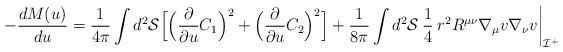
LaTeX: \begin{align*}- \frac{dM(u)}{du} = \frac{1}{4\pi} \int d^2{\cal S} \Bigl[\Bigl( \frac{\partial}{\partial u}C_1 \Bigr)^2 +\Bigl( \frac{\partial}{\partial u}C_2 \Bigr)^2 \Bigr] +\frac{1}{8\pi} \int d^2{\cal S}\:\frac{1}{4}\: r^2 R^{\mu\nu}\nabla_{\mu}v \nabla_{\nu}v\biggl|_{{\cal I}^+}\end{align*}